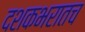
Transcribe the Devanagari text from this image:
दशकभरातच